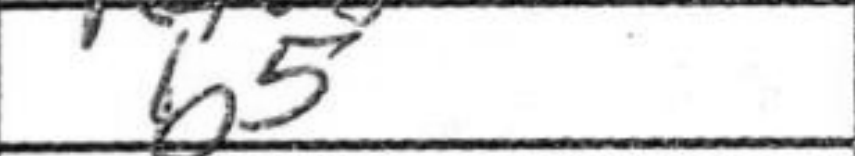
Transcription: b5